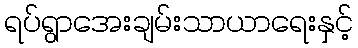
ရပ်ရွာအေးချမ်းသာယာရေးနှင့်